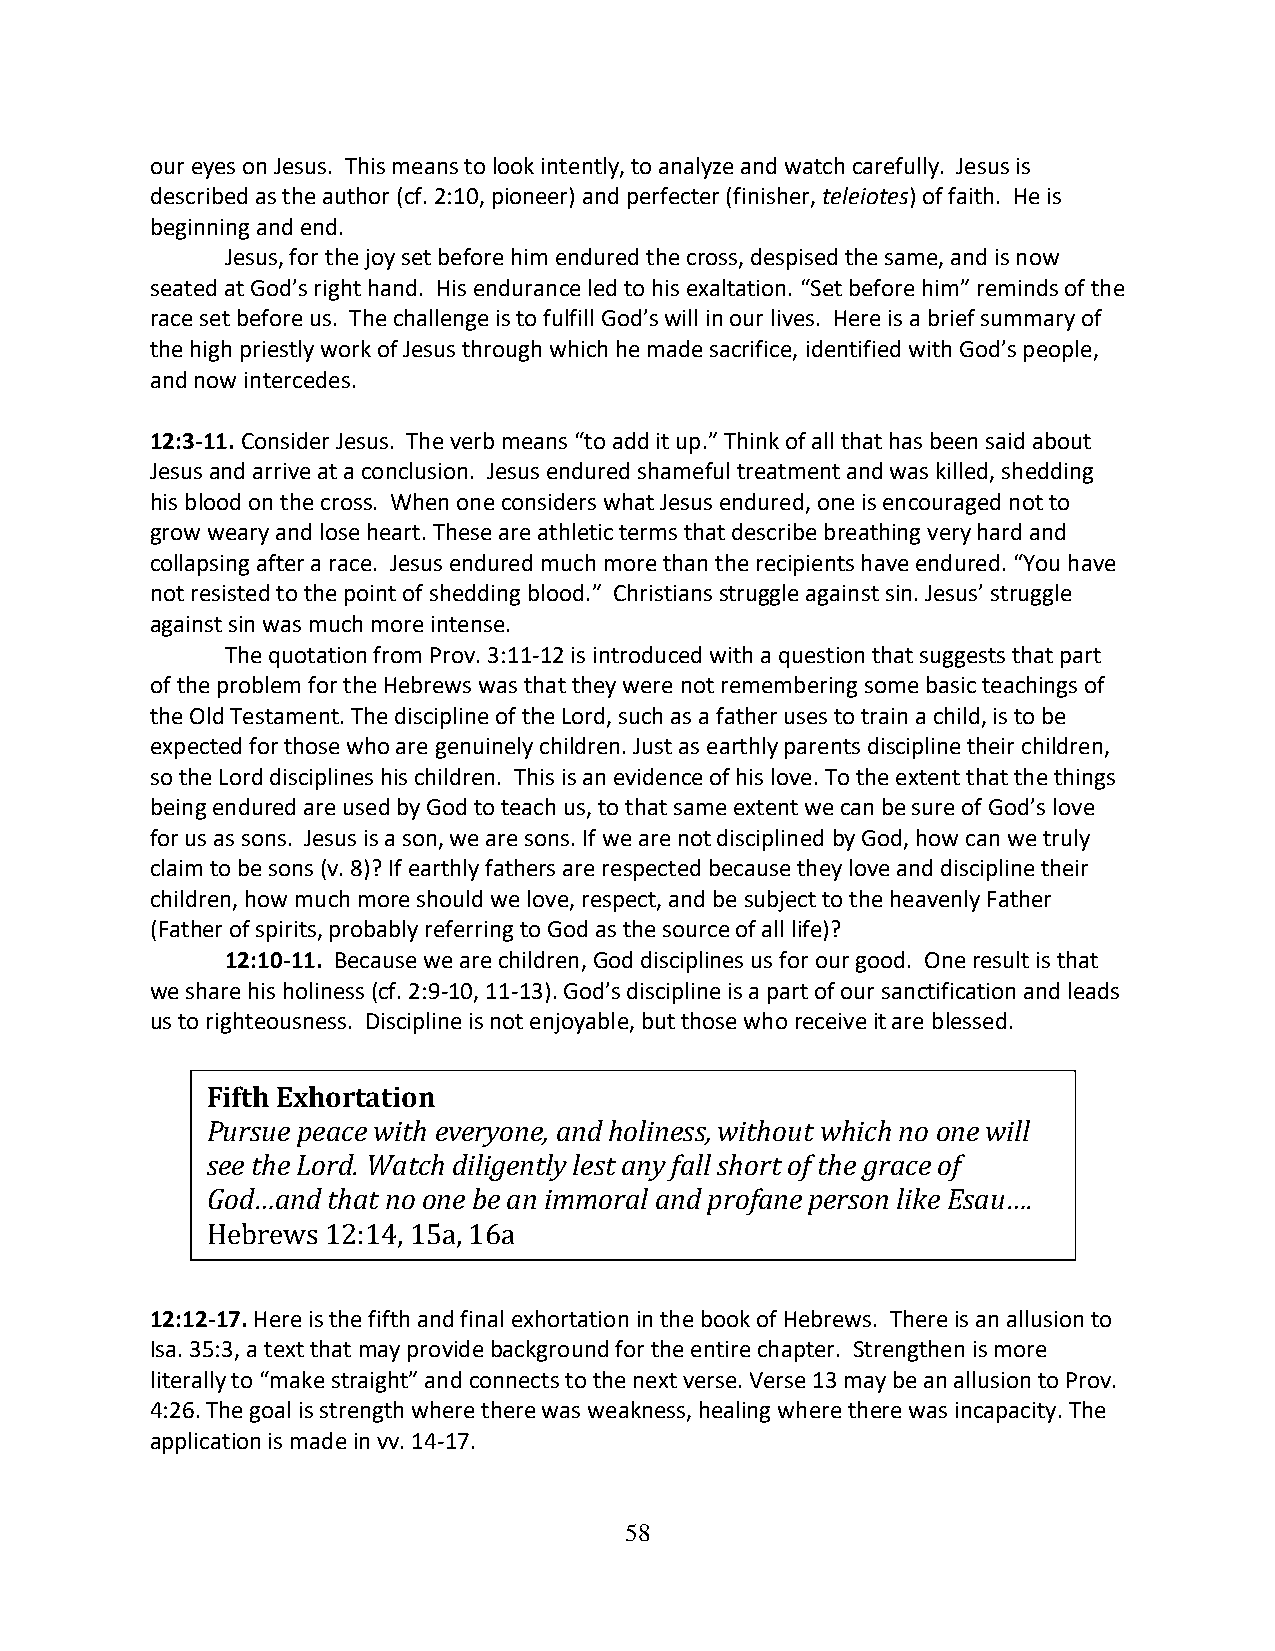
our eyes on Jesus. This means to look intently, to analyze and watch carefully. Jesus is
 described as the author (cf. 2:10, pioneer) and perfecter (finisher, teleiotes) of faith. He is
 beginning and end.
 Jesus, for the joy set before him endured the cross, despised the same, and is now
 seated at God’s right hand. His endurance led to his exaltation. “Set before him” reminds of the
 race set before us. The challenge is to fulfill God’s will in our lives. Here is a brief summary of
 the high priestly work of Jesus through which he made sacrifice, identified with God’s people,
 and now intercedes.
 12:3-11. Consider Jesus. The verb means “to add it up.” Think of all that has been said about
 Jesus and arrive at a conclusion. Jesus endured shameful treatment and was killed, shedding
 his blood on the cross. When one considers what Jesus endured, one is encouraged not to
 grow weary and lose heart. These are athletic terms that describe breathing very hard and
 collapsing after a race. Jesus endured much more than the recipients have endured. “You have
 not resisted to the point of shedding blood.” Christians struggle against sin. Jesus’ struggle
 against sin was much more intense.
 The quotation from Prov. 3:11-12 is introduced with a question that suggests that part
 of the problem for the Hebrews was that they were not remembering some basic teachings of
 the Old Testament. The discipline of the Lord, such as a father uses to train a child, is to be
 expected for those who are genuinely children. Just as earthly parents discipline their children,
 so the Lord disciplines his children. This is an evidence of his love. To the extent that the things
 being endured are used by God to teach us, to that same extent we can be sure of God’s love
 for us as sons. Jesus is a son, we are sons. If we are not disciplined by God, how can we truly
 claim to be sons (v. 8)? If earthly fathers are respected because they love and discipline their
 children, how much more should we love, respect, and be subject to the heavenly Father
 (Father of spirits, probably referring to God as the source of all life)?
 12:10-11. Because we are children, God disciplines us for our good. One result is that
 we share his holiness (cf. 2:9-10, 11-13). God’s discipline is a part of our sanctification and leads
 us to righteousness. Discipline is not enjoyable, but those who receive it are blessed.
 Fifth Exhortation
 Pursue peace with everyone, and holiness, without which no one will
 see the Lord. Watch diligently lest any fall short of the grace of
 God…and that no one be an immoral and profane person like Esau….
 Hebrews 12:14, 15a, 16a
 12:12-17. Here is the fifth and final exhortation in the book of Hebrews. There is an allusion to
 Isa. 35:3, a text that may provide background for the entire chapter. Strengthen is more
 literally to “make straight” and connects to the next verse. Verse 13 may be an allusion to Prov.
 4:26. The goal is strength where there was weakness, healing where there was incapacity. The
 application is made in vv. 14-17.
 58